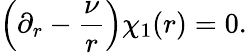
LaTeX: \left(\partial_{r}-\frac{\nu}{r}\right)\chi_{1}(r)=0.